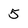
Character: 5